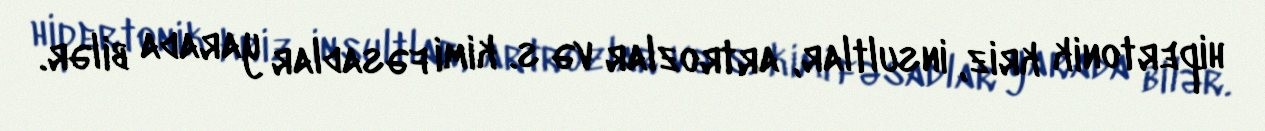
hipertonik kriz, insultlar, artrozlar və s. kimi fəsadlar yarada bilər.